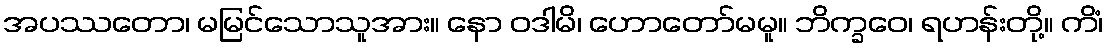
အပဿတော၊ မမြင်သောသူအား။ နော ဝဒါမိ၊ ဟောတော်မမူ။ ဘိက္ခဝေ၊ ရဟန်းတို့။ ကိံ၊